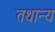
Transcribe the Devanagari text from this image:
तथान्य